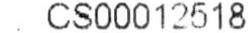
: CS00012518